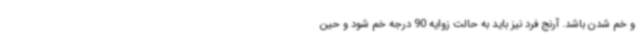
و خم شدن باشد. آرنج فرد نیز باید به حالت زوایه 90 درجه خم شود و حین